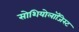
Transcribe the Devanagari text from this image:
सोशियोलॉजिस्ट